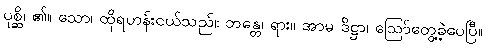
ပုစ္ဆိ၊ ၏။ သော၊ ထိုရဟန်းငယ်သည်။ ဘန္တေ၊ ရား။ အာမ ဒိဋ္ဌာ၊ ဩော်တွေ့ခဲ့ပေပြီ။